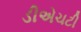
ડીએચટી